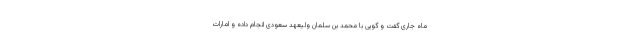
ماه جاری گفت و گویی با محمد بن سلمان ولیعهد سعودی انجام داده و امارات